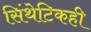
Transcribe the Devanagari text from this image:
सिंथेटिकही